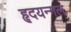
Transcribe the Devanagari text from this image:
हृदयन्गल